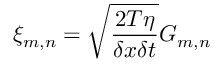
\xi _ { m , n } = \sqrt { \frac { 2 T \eta } { \delta x \delta t } } G _ { m , n }